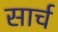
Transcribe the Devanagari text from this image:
सार्च